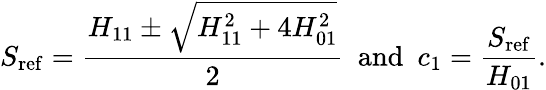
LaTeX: S_{\mathrm{ref}}=\frac{H_{11}\pm\sqrt{H_{11}^{2}+4H_{01}^{2}}}{2}\ \ \mathrm{and}\ \ c_{1}=\frac{S_{\mathrm{ref}}}{H_{01}}.